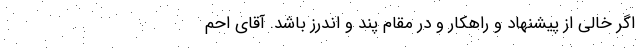
اگر خالی از پیشنهاد و راهکار و در مقام پند و اندرز باشد. آقای احم